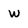
Character: w